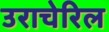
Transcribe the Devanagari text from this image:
उराचेरिल